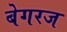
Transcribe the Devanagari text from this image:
बेगरज